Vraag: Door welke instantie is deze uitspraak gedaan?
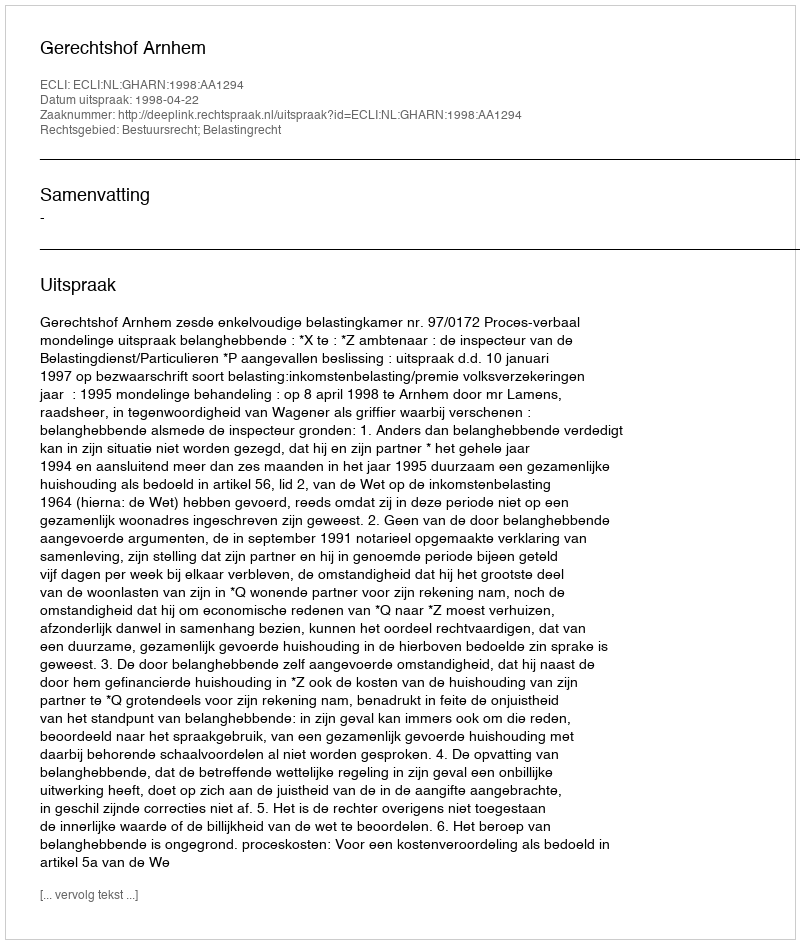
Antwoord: Gerechtshof Arnhem